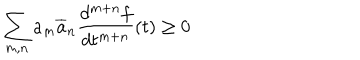
LaTeX: \sum _ { m , n } a _ { m } \overline { { { a } } } _ { n } \frac { d ^ { m + n } f } { d t ^ { m + n } } ( t ) \geq 0